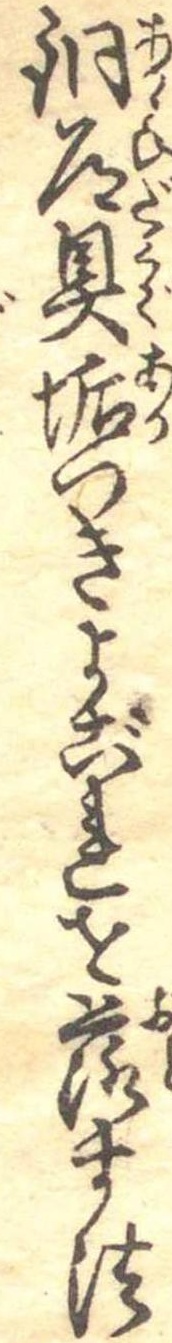
銅道具垢つきよごれを落す法